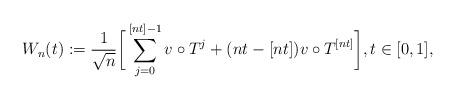
LaTeX: \begin{align*}W_{n}(t):=\frac{1}{\sqrt{n}}\bigg[\sum_{j=0}^{[nt]-1}v\circ T^j+(nt-[nt])v\circ T^{[nt]}\bigg],t\in[0,1],\end{align*}